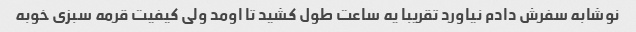
نوشابه سفرش دادم نیاورد تقریبا یه ساعت طول کشید تا اومد ولی کیفیت قرمه سبزی خوبه